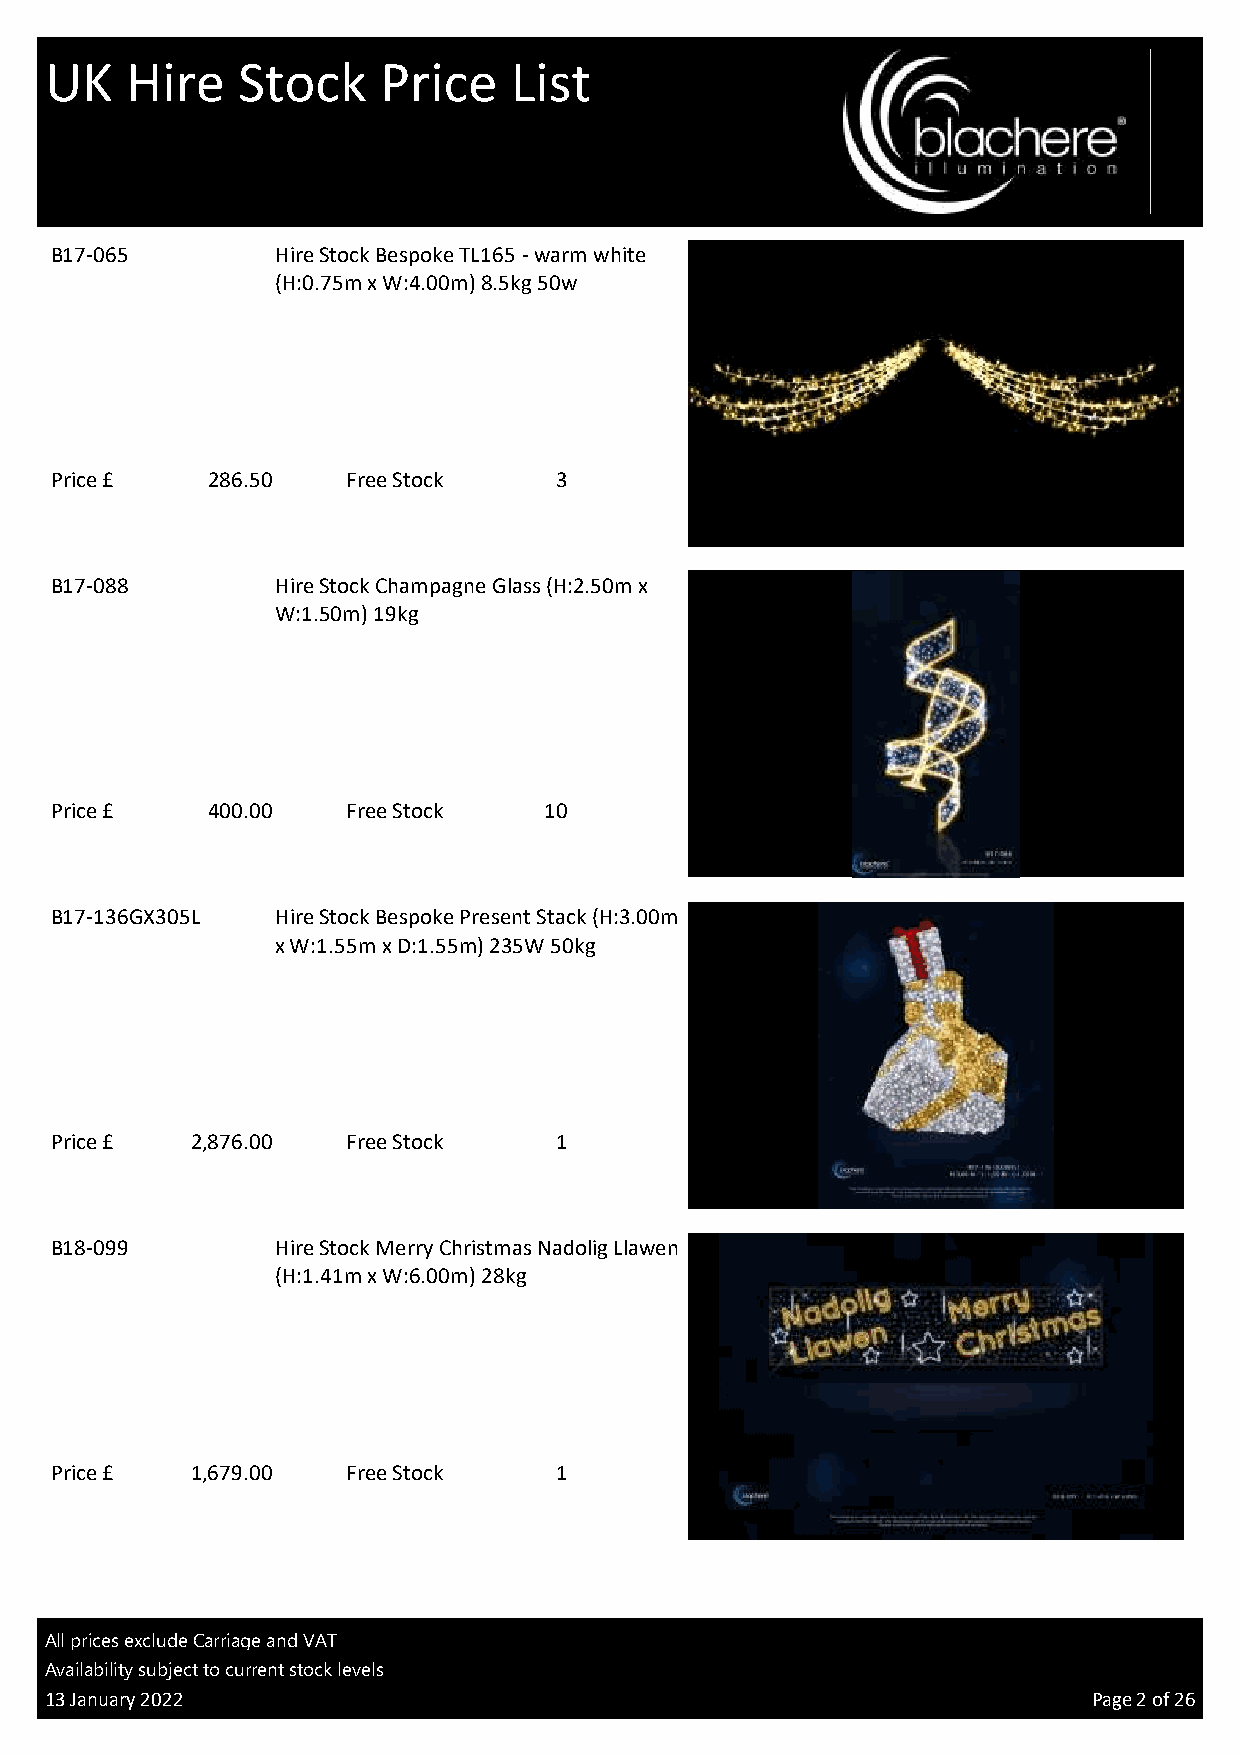
UK   Hire    Stock    Price    List
 B17-065        Hire Stock Bespoke TL165 - warm white
 (H:0.75m x W:4.00m) 8.5kg 50w
 Price £    286.50   Free Stock    3
 TL
 B17-088        Hire Stock Champagne Glass (H:2.50m x
 W:1.50m) 19kg
 Price £    400.00   Free Stock   10
 PL
 B17-136GX305L  Hire Stock Bespoke Present Stack (H:3.00m
 x W:1.55m x D:1.55m) 235W 50kg
 Price £   2,876.00  Free Stock    1
 3D
 B18-099        Hire Stock Merry Christmas Nadolig Llawen
 (H:1.41m x W:6.00m) 28kg
 Price £   1,679.00  Free Stock    1
 TV
 All prices exclude Carriage and VAT
 Availability subject to current stock levels
 13 January 2022                                                      Page 2 of 26